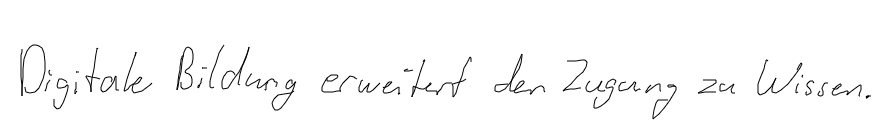
Digitale Bildung erweitert den Zugang zu Wissen.